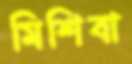
মিশিবা